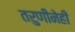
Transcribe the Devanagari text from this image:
तरुणीनेही